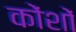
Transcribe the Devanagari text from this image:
कोंशों